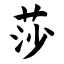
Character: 莎